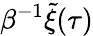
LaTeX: \beta^{-1}\tilde{\xi}(\tau)